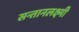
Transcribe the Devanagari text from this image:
सन्तानलक्ष्मी